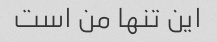
این تنها من است